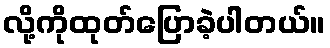
လို့ကိုထုတ်ပြောခဲ့ပါတယ်။